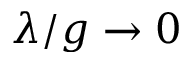
\lambda / g \to 0